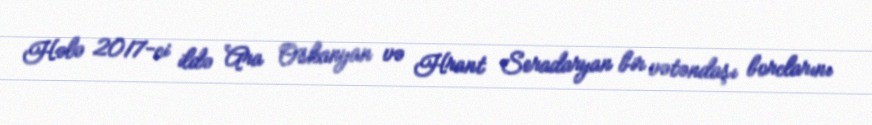
Hələ 2017-ci ildə Ara Oskanyan və Hrant Seradaryan bir vətəndaşı borclarını